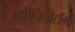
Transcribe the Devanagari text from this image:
एपीजियोटॉमी